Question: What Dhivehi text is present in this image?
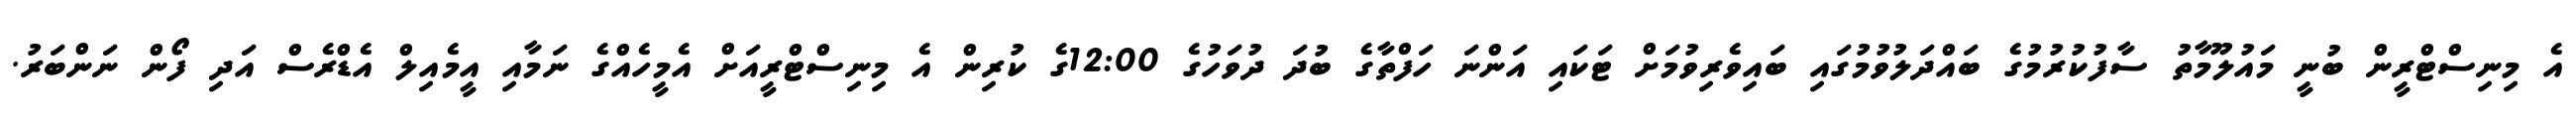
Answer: އެ މިނިސްޓްރީން ބުނީ މައުލޫމާތު ސާފުކުރުމުގެ ބައްދަލުވުމުގައި ބައިވެރިވުމަށް ޓަކައި އަންނަ ހަފްތާގެ ބުދަ ދުވަހުގެ 12:00ގެ ކުރިން އެ މިނިސްޓްރީއަށް އެމީހެއްގެ ނަމާއި އީމެއިލް އެޑްރެސް އަދި ފޯން ނަންބަރު.